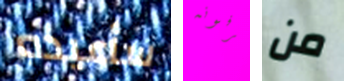
سأعيده يعرفونه من